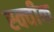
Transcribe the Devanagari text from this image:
स्क्वीक